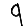
Digit: 9